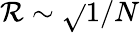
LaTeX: \mathcal{R}\sim\sqrt{}{{1/N}}